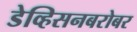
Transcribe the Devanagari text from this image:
डेव्हिसनबरोबर